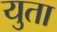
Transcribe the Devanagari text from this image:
युता